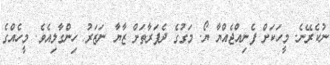
ނުކެރޭނެ. މީހަކަށް ފެނިއްޖެއްޔާ ޔޯ. މަގުގެ ދެފަރާތަށް ޒާޔާ ނަޒަރު ހިންގާލިއެވެ. މީހެއްގެ